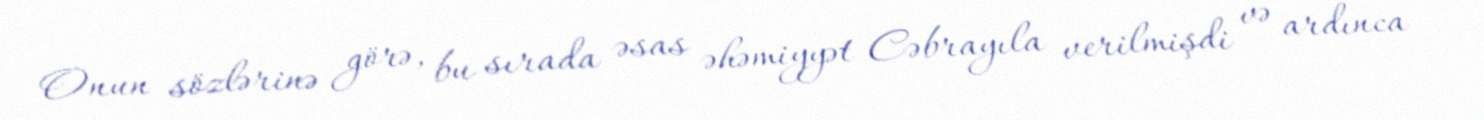
Onun sözlərinə görə, bu sırada əsas əhəmiyyət Cəbrayıla verilmişdi və ardınca